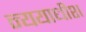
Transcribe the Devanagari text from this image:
न्ययाधीश